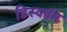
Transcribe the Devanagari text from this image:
डिस्कॉम